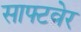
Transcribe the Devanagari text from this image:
साफ्टवेर